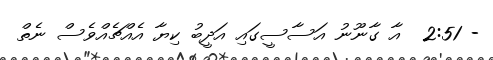
- 2:51  އާ ގާނޫނު އަސާސީގައި އަދީބު ކިޔާ އެއްޗެއްވެސް ނެތް